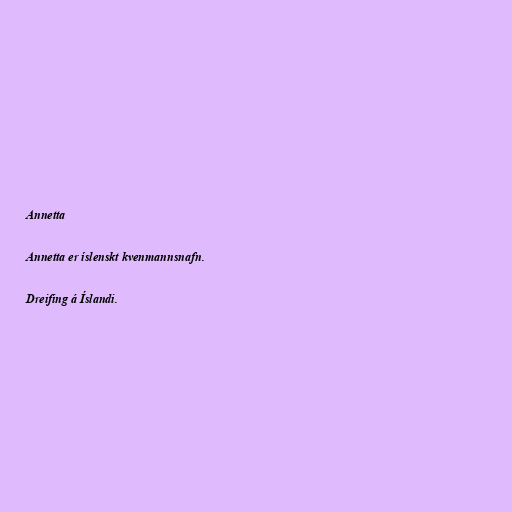
Annetta

Annetta er íslenskt kvenmannsnafn.

Dreifing á Íslandi.